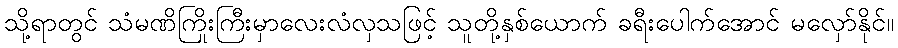
သို့ရာတွင် သံမဏိကြိုးကြီးမှာလေးလံလှသဖြင့် သူတို့နှစ်ယောက် ခရီးပေါက်အောင် မလှော်နိုင်။